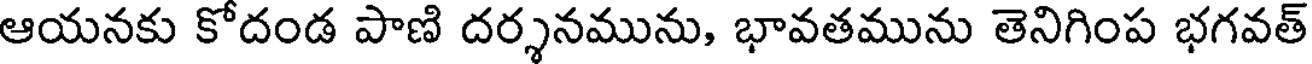
ఆయనకు కోదండ పాణి దర్శనమును, భావతమును తెనిగింప భగవత్